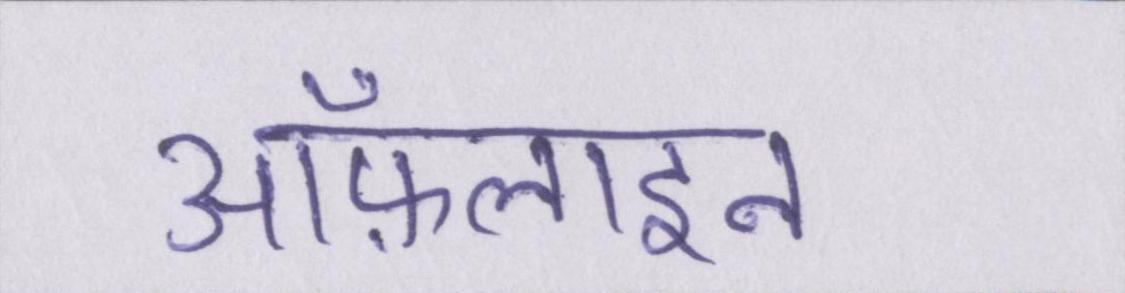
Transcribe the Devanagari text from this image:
ऑफ़लाइन